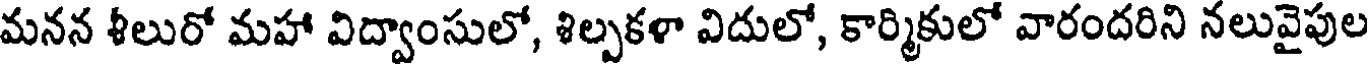
మనన శీలురో మహా విద్వాంసులో, శిల్పకళా విదులో, కార్మికులో వారందరిని నలువైపుల